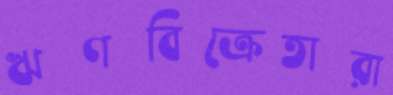
ঋণবিক্রেতারা